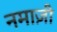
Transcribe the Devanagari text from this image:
नमाज़ी